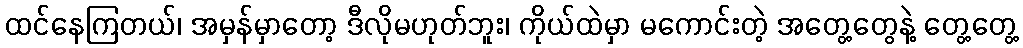
ထင်နေကြတယ်၊ အမှန်မှာတော့ ဒီလိုမဟုတ်ဘူး၊ ကိုယ်ထဲမှာ မကောင်းတဲ့ အတွေ့တွေနဲ့ တွေ့တွေ့